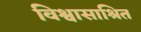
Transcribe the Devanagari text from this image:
विश्वासाश्रित